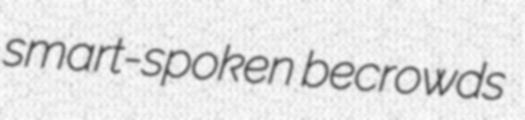
smart-spoken becrowds